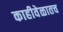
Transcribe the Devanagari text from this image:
काहीवेळातच